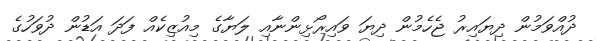
ދުއްވަމުން ދިޔައިރު ޖެހެމުން ދިޔަ ވައިރޯޅިންނާއި ލަޔާގެ މިއުޒިކެއް ފަދަ އަޑުން ދުވަހުގެ